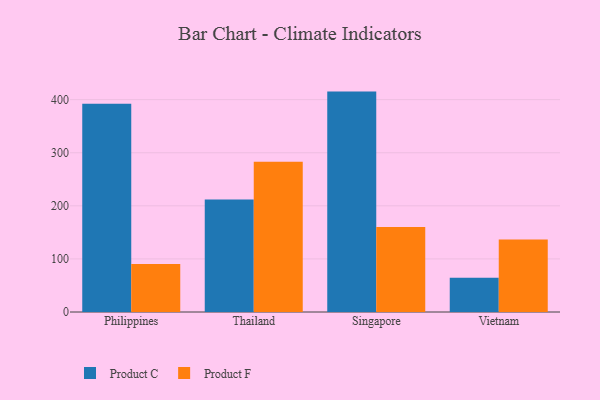
{"axis": {"x": "Country", "y": "Satisfaction Score"}, "legend": ["Product C", "Product F"], "data": [{"x": "Philippines", "y": 392.5, "type": "Product C"}, {"x": "Philippines", "y": 90.5, "type": "Product F"}, {"x": "Thailand", "y": 212.1, "type": "Product C"}, {"x": "Thailand", "y": 282.9, "type": "Product F"}, {"x": "Singapore", "y": 415.2, "type": "Product C"}, {"x": "Singapore", "y": 160.1, "type": "Product F"}, {"x": "Vietnam", "y": 64.3, "type": "Product C"}, {"x": "Vietnam", "y": 136.5, "type": "Product F"}]}